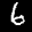
Label: 6